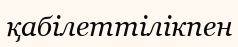
қабілеттілікпен